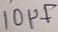
Text: 10µF